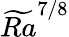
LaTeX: \widetilde{Ra}^{7/8}